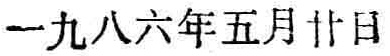
一九八六年五月廿日